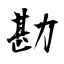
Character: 勘